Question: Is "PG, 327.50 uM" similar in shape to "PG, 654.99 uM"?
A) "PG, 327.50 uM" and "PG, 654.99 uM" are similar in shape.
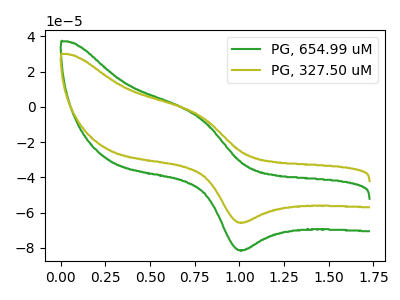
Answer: <think>The green curve "PG, 654.99 uM" has an anodic peak at (0.75V, -5.75uA) and a cathodic peak at (1.00V, -81.30uA). The olive curve "PG, 327.50 uM" has an anodic peak at (0.75V, -4.65uA) and a cathodic peak at (1.00V, -65.65uA).
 All the peaks in "PG, 327.50 uM" have a peak in "PG, 654.99 uM" at the same potential.</think>
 <answer>A) "PG, 327.50 uM" and "PG, 654.99 uM" are similar in shape.</answer>
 <eval>A</eval>